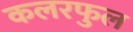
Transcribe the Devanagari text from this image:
कलरफुल